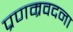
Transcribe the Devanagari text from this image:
प्रणम्रवदना